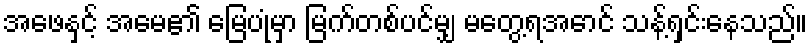
အဖေနှင့် အမေ၏ မြေပုံမှာ မြက်တစ်ပင်မျှ မတွေ့ရအောင် သန့်ရှင်းနေသည်။